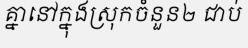
គ្នានៅក្នុងស្រុកចំនួន២ ជាប់